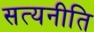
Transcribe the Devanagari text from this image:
सत्यनीति